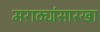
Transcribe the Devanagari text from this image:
मराठ्यांसारखा